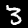
Label: 3